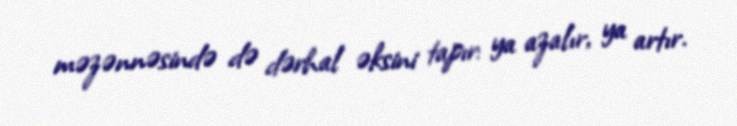
məzənnəsində də dərhal əksini tapır: ya azalır, ya artır.